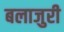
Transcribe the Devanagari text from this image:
बलाजुरी